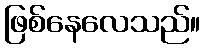
ဖြစ်နေလေသည်။